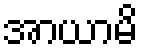
အာယာမိ